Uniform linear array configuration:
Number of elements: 32
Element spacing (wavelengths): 0.5
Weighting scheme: hann
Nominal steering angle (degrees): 0
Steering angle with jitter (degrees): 0.8036
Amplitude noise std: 0.05
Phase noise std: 0.05

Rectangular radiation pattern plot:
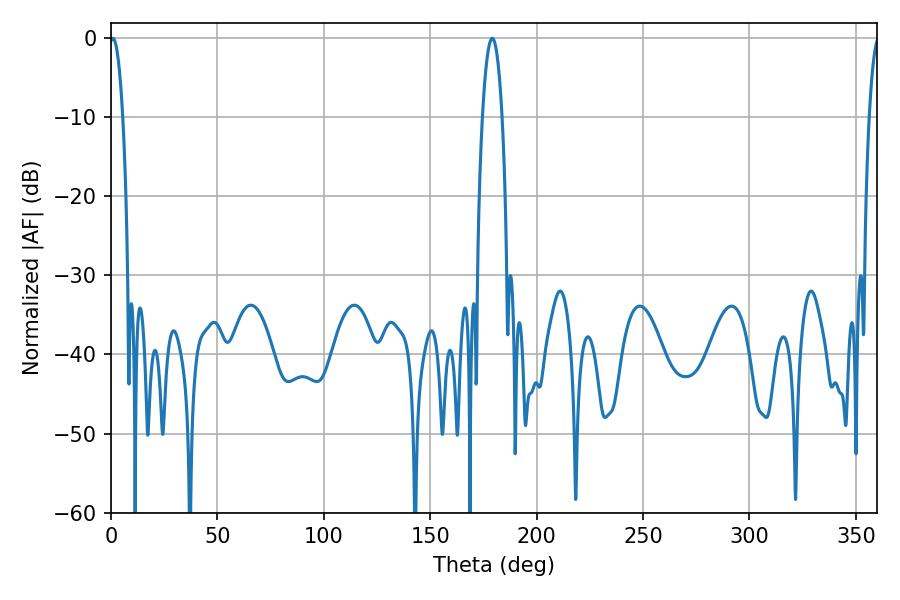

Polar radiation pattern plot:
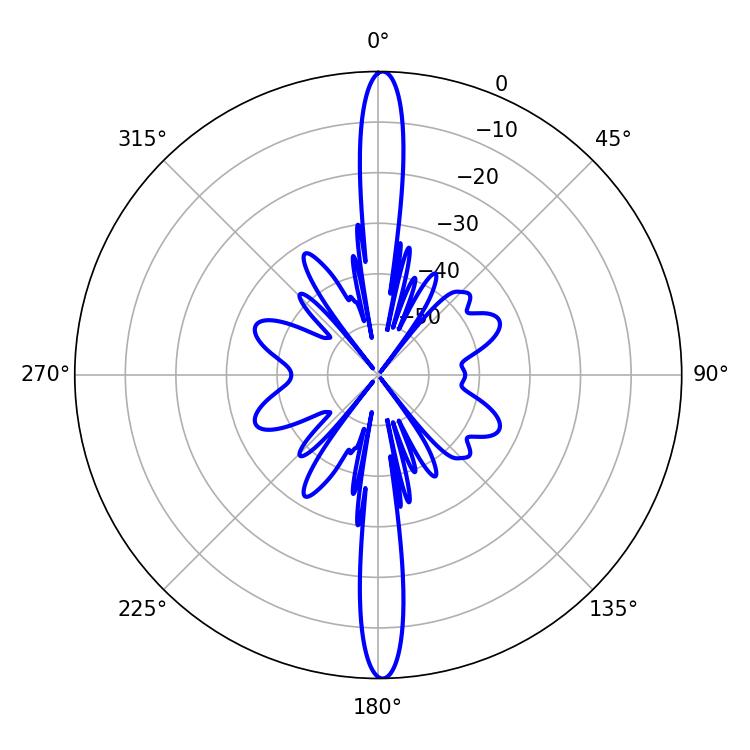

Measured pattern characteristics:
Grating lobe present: FALSE
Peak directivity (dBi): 28.355
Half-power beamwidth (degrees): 3.42
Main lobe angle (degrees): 0.9